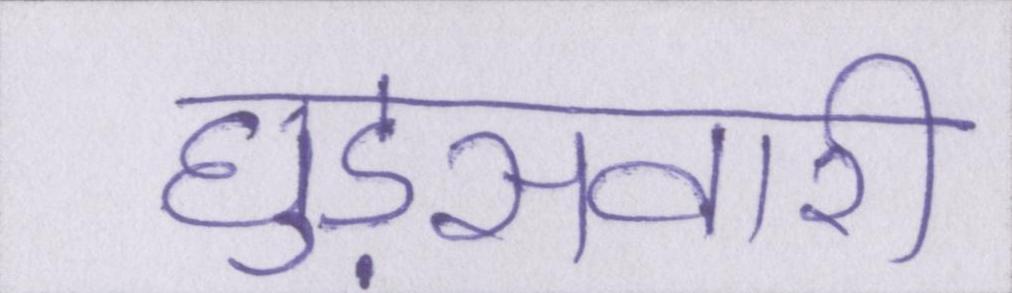
घुड़सवारी